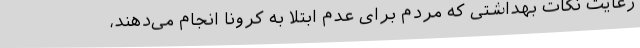
رعایت‌ نکات بهداشتی که مردم برای عدم ابتلا به کرونا انجام می‌دهند،